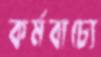
কর্মবাচ্যে